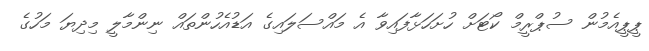
ޕީޕީއެމުން ސުޕްރީމް ކޯޓަށް ހުށަހަޅާފައިވާ އެ މައްސަލައިގެ އަޑުއެހުންތައް ނިންމާލީ މިދިޔަ މަހުގެ